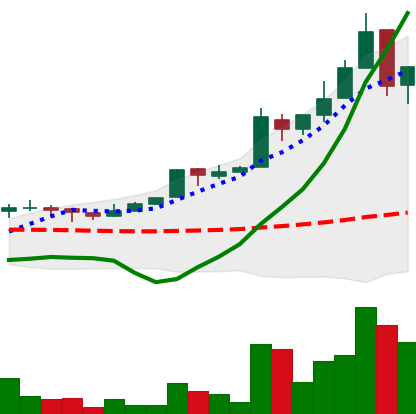
Ticker: EOS-USD
Chart end date: 2018-05-01
Forward return: -7.81%
Label: down_7plus